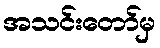
အသင်းတော်မှ